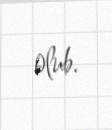
olub.